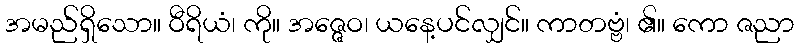
အမည်ရှိသော။ ဝီရိယံ၊ ကို။ အဇ္ဇေဝ၊ ယနေ့ပင်လျှင်။ ကာတဗ္ဗံ၊ ၏။ ကော ဇညာ